Scottish Certificate of Education, 1963
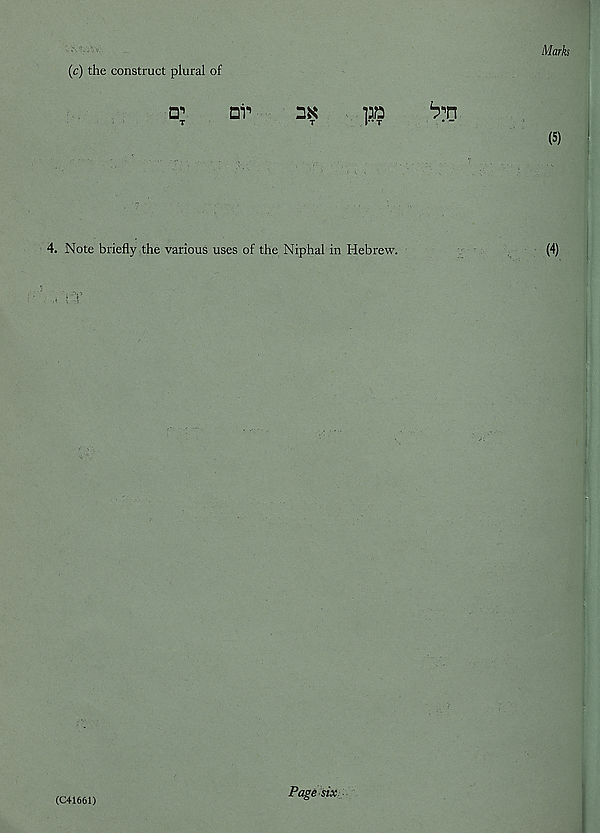
(c) the construct plural of
CT
Dr
2K
T
T
13?
4. Note briefly the various uses of the Niphal in Hebrew.
Page six
(C41661)